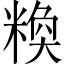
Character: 𱹒